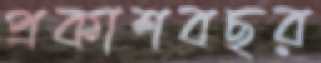
প্রকাশবছর